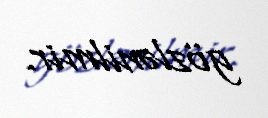
gözlənilmir.